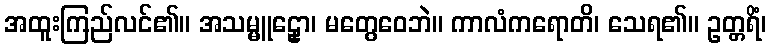
အထူးကြည်လင်၏။ အသမ္မူဠှော၊ မတွေဝေဘဲ။ ကာလံကရောတိ၊ သေရ၏။ ဥတ္တရိံ၊